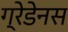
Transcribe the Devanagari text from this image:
ग्रेडेनस